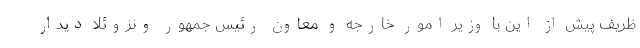
ظریف پیش از این با وزیر امور خارجه و معاون رئیس جمهور ونزوئلا دیدار